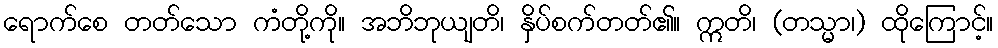
ရောက်စေ တတ်သော ကံတို့ကို။ အဘိဘုယျတိ၊ နှိပ်စက်တတ်၏။ ဣတိ၊ (တသ္မာ၊) ထိုကြောင့်။